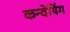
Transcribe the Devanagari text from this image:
कन्वेयिंग